Report of cholera committee
Disease focus: Cholera
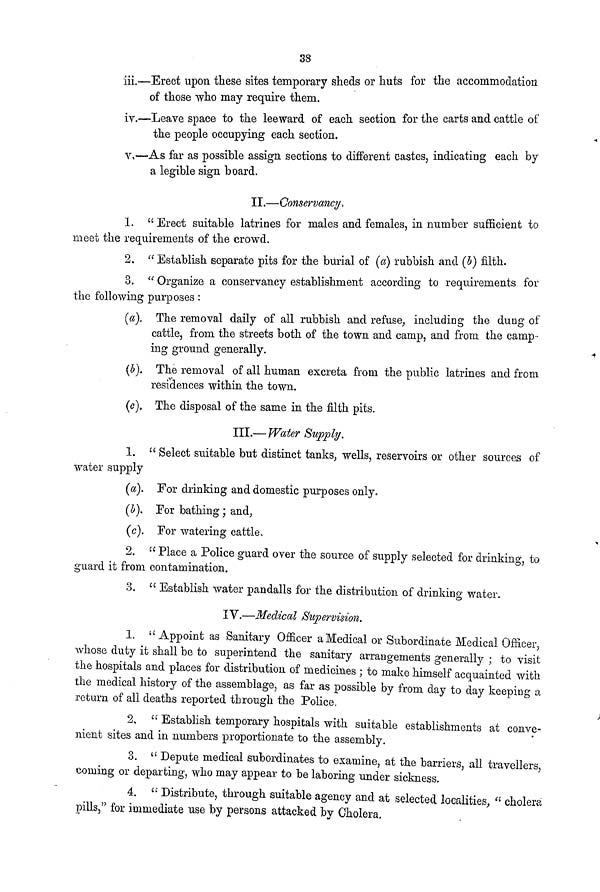
38
iii. Erect upon these sites temporary sheds or huts for the accommodation
of those who may require them.
iv.—Leave space to the leeward of each section for the carts and cattle of
the people occupying each section.
v.—As far as possible assign sections to different castes, indicating each by
a legible sign board.
II.—Conservancy,
1. "Erect suitable latrines for males and females, in number sufficient to
meet the requirements of the crowd.
2. " Establish separate pits for the burial of (a) rubbish and (b) filth.
3. " Organize a conservancy establishment according to requirements for
the following purposes :
(a). The removal daily of all rubbish and refuse, including the dung of
cattle, from the streets both of the town and camp, and from the camp-
ing ground generally.
(b). The removal of all human excreta from the public latrines and from
residences within the town.
(c). The disposal of the same in the filth pits.
III.— Water Supply.
1. " Select suitable but distinct tanks, wells, reservoirs or other sources of
water supply
(a). For drinking and domestic purposes only.
(b). For bathing ; and,
(c). For watering cattle,
2. " Place a Police guard over the source of supply selected for drinking, to
guard it from contamination.
3. " Establish water pandalls for the distribution of drinking water.
IV.—Medical Supervision.
1. " Appoint as Sanitary Officer a Medical or Subordinate Medical Officer,
whose duty it shall be to superintend the sanitary arrangements generally ; to visit
the hospitals and places for distribution of medicines ; to make himself acquainted with
the medical history of the assemblage, as far as possible by from day to day keeping a
return of all deaths reported through the Police.
2. " Establish temporary hospitals with suitable establishments at conve-
nient sites and in numbers proportionate to the assembly.
3. " Depute medical subordinates to examine, at the barriers, all travellers,
coming or departing, who may appear to be laboring under sickness.
4. " Distribute, through suitable agency and at selected localities, « cholera
pills," for immediate use by persons attacked by Cholera.